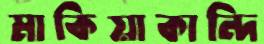
মাকিয়াকান্দি